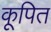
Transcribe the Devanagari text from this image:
कूपित